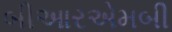
બીઆરએમબી